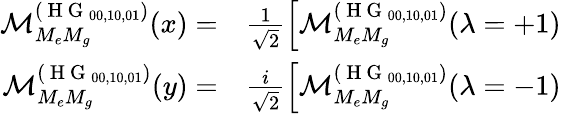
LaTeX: \begin{array}{rl}{\mathcal{M}_{M_{e}M_{g}}^{(\mathrm{~H~G~}_{00,10,01})}(x)=}&{{}\frac{1}{\sqrt{2}}\left[\mathcal{M}_{M_{e}M_{g}}^{(\mathrm{~H~G~}_{00,10,01})}(\lambda=+1)\right.}\\ {\mathcal{M}_{M_{e}M_{g}}^{(\mathrm{~H~G~}_{00,10,01})}(y)=}&{{}\frac{i}{\sqrt{2}}\left[\mathcal{M}_{M_{e}M_{g}}^{(\mathrm{~H~G~}_{00,10,01})}(\lambda=-1)\right.}\end{array}